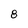
Character: 8